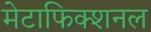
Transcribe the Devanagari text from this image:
मेटाफिक्शनल